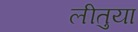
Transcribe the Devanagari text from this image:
लीतुया